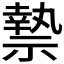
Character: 𮂑